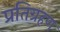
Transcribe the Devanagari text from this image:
प्रतिग्रहण